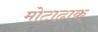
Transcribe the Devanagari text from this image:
मोटाढाक